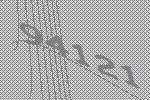
94121